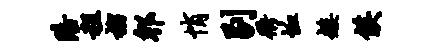
陪租榴郫悄剔衢恤矮侯